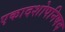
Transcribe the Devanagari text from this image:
एकादशोपनिषद